Annual report on the working of the lock hospitals in the Central Provinces
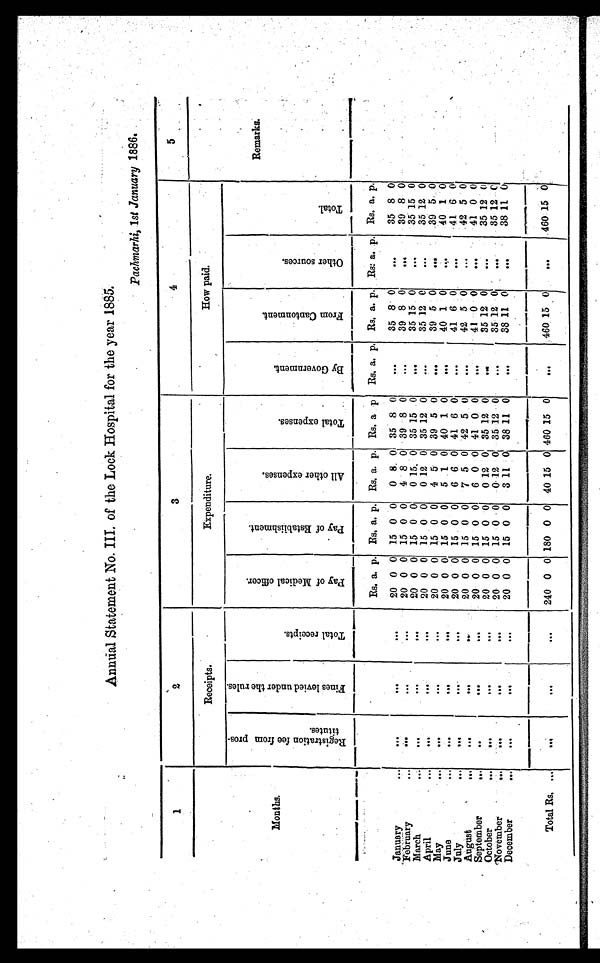
Annual Statement No. III. of the Lock Hospital for the year 1885.
Pachmarhi, 1 st January 1886.
1
2
3
4
5
Months.
Receipts.
Expenditure.
How paid.
Remarks.
R e g i s t r a t i o n f e e f r o m p r o s - t i t u t e s .
F i n e s l e v i e d u n d e r t h e r u l e s .
T o t a l r e c e i p t s .
P a y o f M e d i c a l o f f i c e r .
P a y o f E s t a b l i s h m e n t .
A l l o t h e r e x p e n s e s .
T o t a l e x p e n s e s .
B y G o v e r n m e n t .
F r o m C a n t o n m e n t .
O t h e r s o u r c e s .
T o t a l .
Rs. a. p. Rs. a. p. Rs. a. p. Rs. a. p. Rs. a. p. Rs. a. p. Rs. a. p. Rs.
a . p.
January
...
. . .
...
...
20 0 0 15 0 0
0 8 0 35 8 0
... ...
. . . 35 8 0
...
...
...
35 8 0
. . .
. . .
. . .
20 0 0 15 0 0
4 8 0 39 8 0 ... ...
. . . 39 8 0 ...
... ...
39 8 0
February
...
. . .
. . .
. . .
20 0 0 15 0 0
0 15 0 35 15 0 ...
...
. . . 35 15 0
... ... ...
35 15 0
March
...
. . .
. . .
. . .
20 0 0 15 0 0
0 12 0 35 12 0 ... ...
. . . 35 12 0
... ... ...
35 12 0
April
...
. . .
. . .
. . .
20 0 0 15 0 0
4 5 0 39 5 0 ... ...
. . . 39 5 0
... ... ...
39 5 0
May
...
...
. . .
20 0 0 15 0 0
5 1 0 40 1 0 ... ...
. . . 40 1 0
... ... ...
40 1 0
June
...
. . .
. . .
. . .
20 0 0 15 0 0
6 6 0 41 6 0 ... ...
. . . 41 6 0
... ... ...
41 6 0
July
. . .
. . .
. . .
20 0 0 15 0 0
7 5 0 42 5 0
... ...
. . . 42 5 0
... ... ...
42 5 0
August
... ...
. . .
. . .
. . .
20 0 0 15 0 0
6 0 0 41 0 0
. . .
...
. . . 41 0 0
... ... ...
41 0 0
September
...
...
. . .
. . .
20 0 0 15 0 0
0 12 0 35 12 0
... ...
. . . 35 12 0
... ... ...
35 12 0
October
...
. . .
. . .
. . .
20 0 0 15 0 0
0 1 2 0 35 12 0
... ...
. . . 35 12 0
... ... ...
35 12
0
November
...
. . .
. . .
. . .
20 0 0 15 0 0
3 11 0 38 11 0
... ...
. . . 38 11 0
...... ...
38 11 0
December
Total Rs. . . .
. . .
...
. .
240 0 0 180 0 0 40 15 0 460 15 0
. . .
...
. . . 460 15 0
. . .
. . .
... 460 15 0